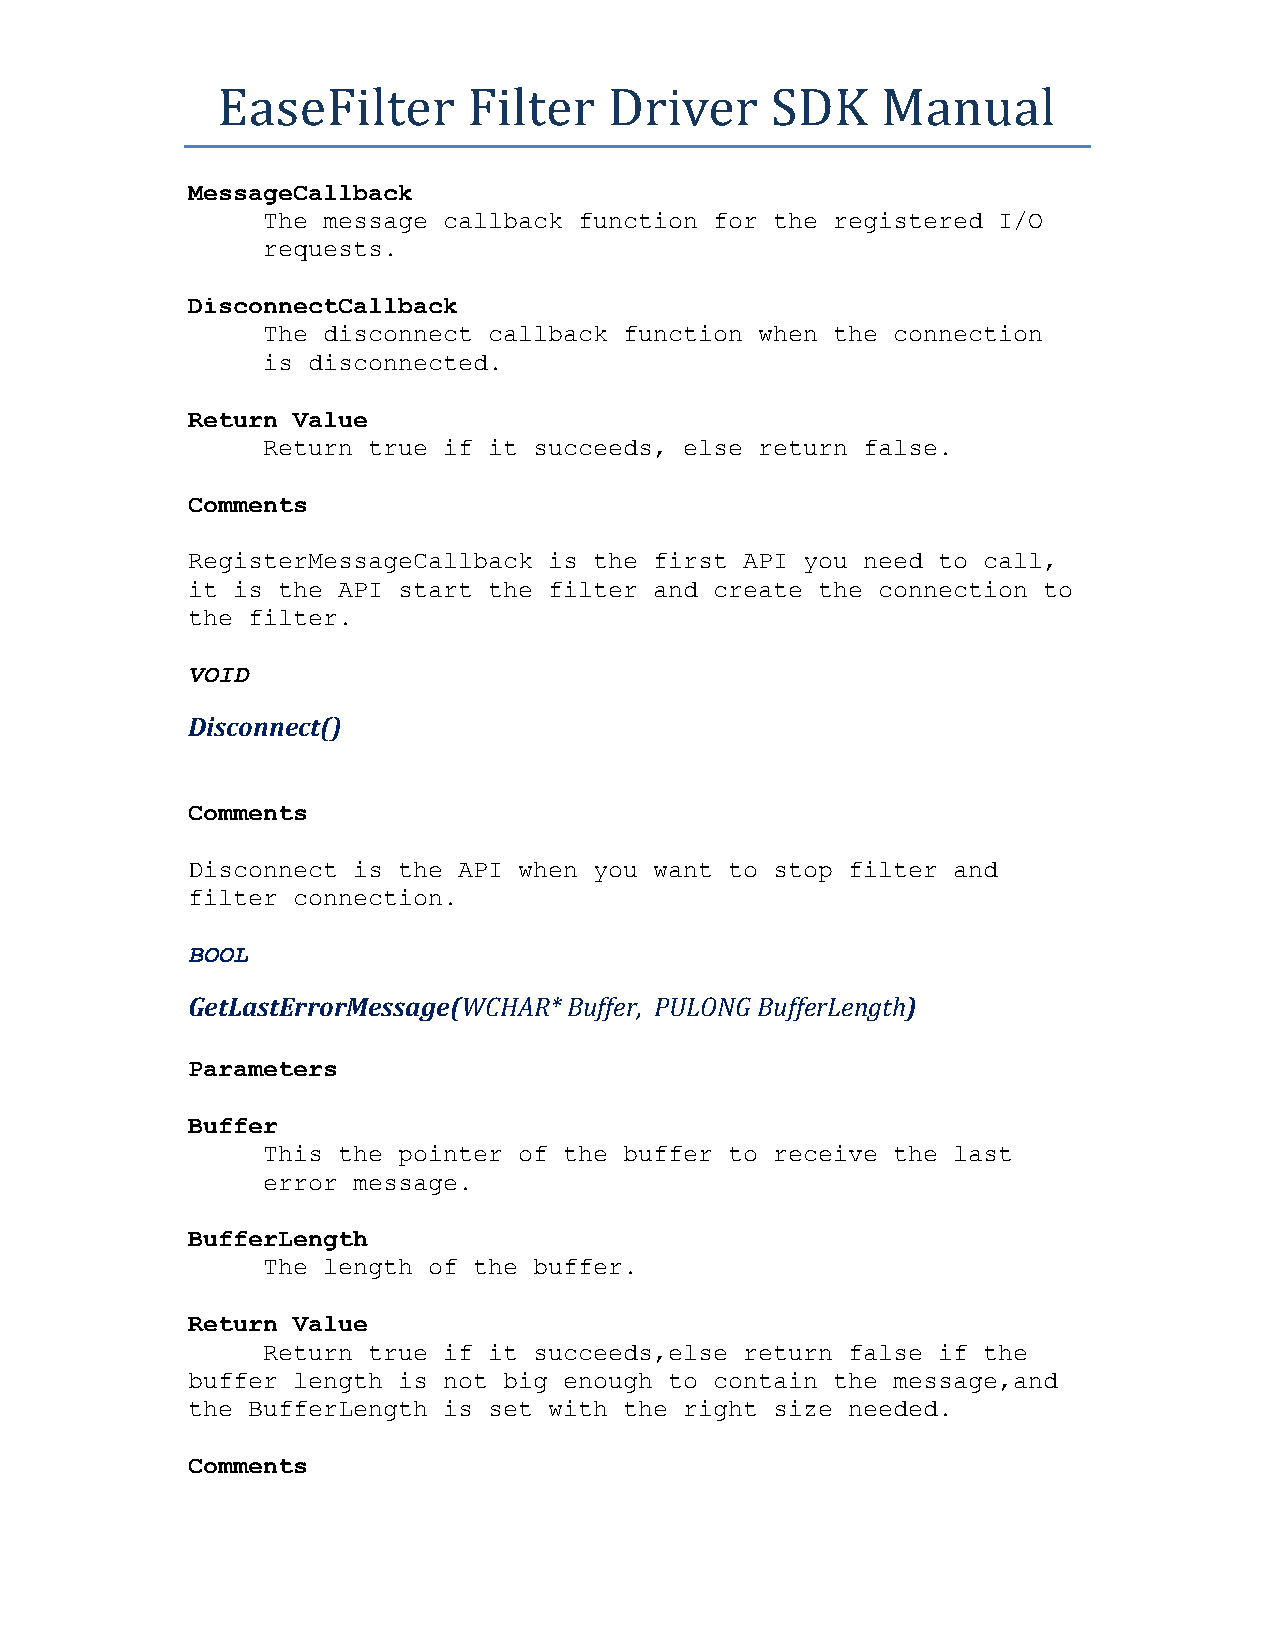
EaseFilter       Filter   Driver     SDK    Manual
 MessageCallback
 The message callback function for the registered I/O
 requests.
 DisconnectCallback
 The disconnect callback function when the connection
 is disconnected.
 Return Value
 Return true if it succeeds, else return false.
 Comments
 RegisterMessageCallback is the first API you need to call,
 it is the API start the filter and create the connection to
 the filter.
 VOID
 Disconnect()
 Comments
 Disconnect is the API when you want to stop filter and
 filter connection.
 BOOL
 GetLastErrorMessage(WCHAR* Buffer, PULONG BufferLength)
 Parameters
 Buffer
 This the pointer of the buffer to receive the last
 error message.
 BufferLength
 The length of the buffer.
 Return Value
 Return true if it succeeds,else return false if the
 buffer length is not big enough to contain the message,and
 the BufferLength is set with the right size needed.
 Comments